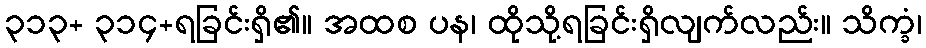
၃၁၃+ ၃၁၄+ရခြင်းရှိ၏။ အထစ ပန၊ ထိုသို့ရခြင်းရှိလျက်လည်း။ သိက္ခံ၊